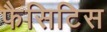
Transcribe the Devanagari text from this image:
फैसिटिस